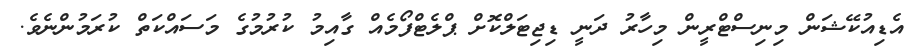
އެޑިއުކޭޝަން މިނިސްޓްރީން މިހާރު ދަނީ ޑިޖިޓަލްކޮށް ޕްލެޓްފޯމެއް ގާއިމު ކުރުމުގެ މަސައްކަތް ކުރަމުންނެވެ.